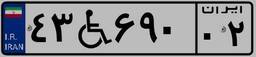
۴۵W۴۱۹۰۵